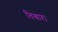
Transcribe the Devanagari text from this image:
तिबारा